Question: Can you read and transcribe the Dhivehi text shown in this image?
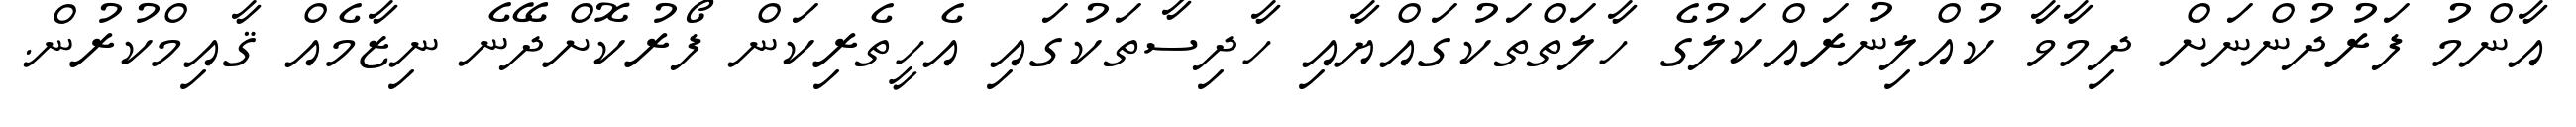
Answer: އާންމު ފަރުދުންނަށް ދިމާވާ ކުއްލިނުރައްކަލުގެ ހާލަތްތަކުގައްޔާއި ހާދިސާތަކުގައި އެހީތެރިކަން ފޯރުކޮށްދޭނެ ނިޒާމެއް ޤާއިމްކުރުން.